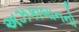
અઝકાબાનનો